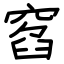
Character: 窞